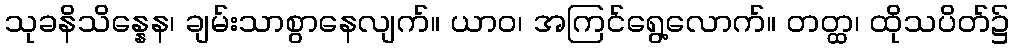
သုခနိသိန္နေန၊ ချမ်းသာစွာနေလျက်။ ယာဝ၊ အကြင်ရွေ့လောက်။ တတ္ထ၊ ထိုသပိတ်၌